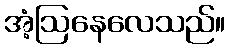
အံ့ဩနေလေသည်။